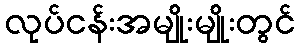
လုပ်ငန်းအမျိုးမျိုးတွင်